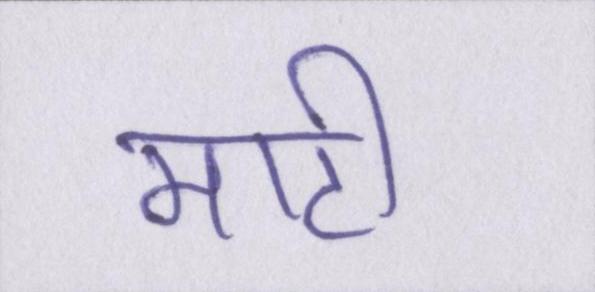
माटी